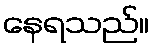
နေရသည်။